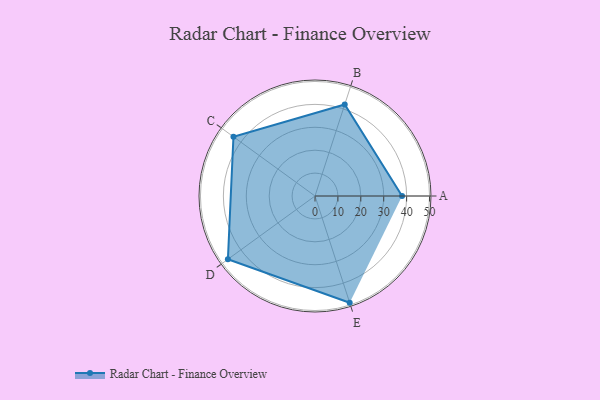
{"axis": {"x": "Skill", "y": "Score"}, "legend": ["Profile"], "data": [{"x": "A", "y": 38.0, "type": "Profile"}, {"x": "B", "y": 42.0, "type": "Profile"}, {"x": "C", "y": 44.0, "type": "Profile"}, {"x": "D", "y": 47.0, "type": "Profile"}, {"x": "E", "y": 49.0, "type": "Profile"}]}